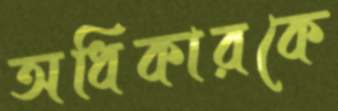
অধিকারকে